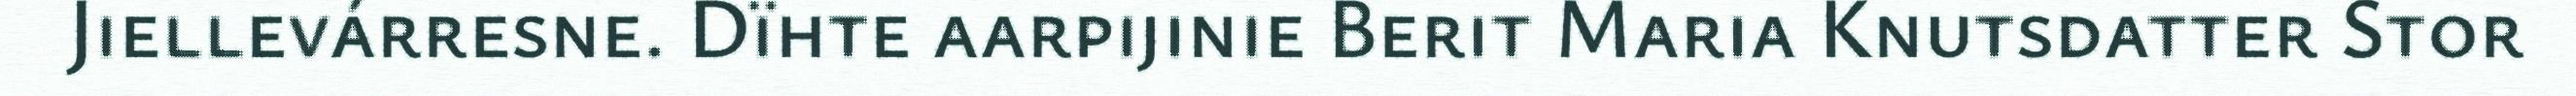
Jiellevárresne. Dïhte aarpijinie Berit Maria Knutsdatter Stor